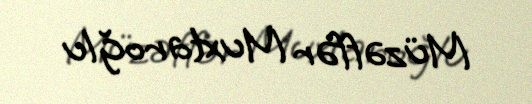
Müzəffər Muxtaroğlu